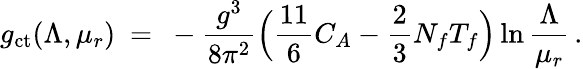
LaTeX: g_{\mathrm{ct}}(\Lambda,\mu_{r})~=~-{\frac{g^{3}}{8\pi^{2}}}\Big({\frac{11}{6}}C_{A}-{\frac{2}{3}}N_{f}T_{f}\Big)\ln{\frac{\Lambda}{\mu_{r}}}\, .